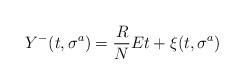
LaTeX: \begin{align*}Y^-(t,\sigma^a) = {R \over N} E t + \xi(t,\sigma^a)\end{align*}